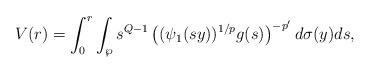
LaTeX: \begin{align*}V(r)=\int_{0}^{r}\int_{\wp}s^{Q-1}\left((\psi_{1}(sy))^{1/p}g(s)\right)^{-p'}d\sigma(y)ds,\end{align*}